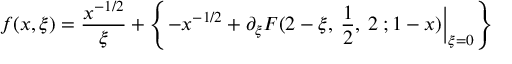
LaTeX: f ( x , \xi ) = \frac { x ^ { - 1 / 2 } } { \xi } + \left\{ - x ^ { - 1 / 2 } + \partial _ { \xi } { \cal F } ( 2 - \xi , \: \frac { 1 } { 2 } , \: 2 \: ; 1 - x ) \Big | _ { \xi = 0 } \right\}